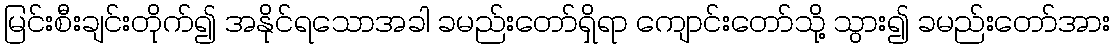
မြင်းစီးချင်းတိုက်၍ အနိုင်ရသောအခါ ခမည်းတော်ရှိရာ ကျောင်းတော်သို့ သွား၍ ခမည်းတော်အား